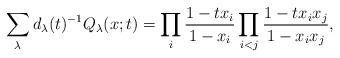
LaTeX: \begin{align*} \sum_{\lambda} d_{\lambda}(t)^{-1} Q_{\lambda}(x;t) = \prod_i \frac{1-tx_i}{1-x_i} \prod_{i<j} \frac{1-tx_ix_j}{1-x_ix_j}, \end{align*}